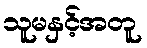
သူမနှင့်အတူ